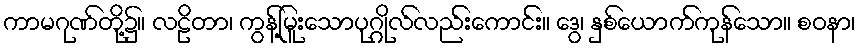
ကာမဂုဏ်တို့၌။ လဠိတာ၊ ကွန့်မြူးသောပုဂ္ဂိုလ်လည်းကောင်း။ ဒွေ၊ နှစ်ယောက်ကုန်သော။ စဝနာ၊